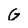
Character: G